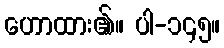
ဟောထား၏။ ပါ-၁၄၅။